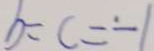
b = c = - 1